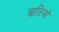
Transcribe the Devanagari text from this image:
ऋतिजों